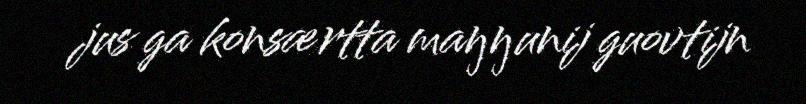
jus ga konsærtta maŋŋunij guovtijn